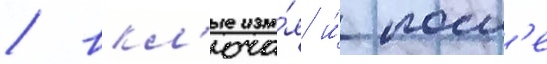
/ вкл'юча́я и́ посл'е